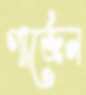
গার্জেন